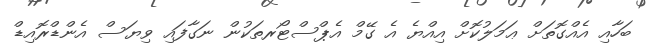
ބަހާއި އެއްގޮތަށް ޢަމަލުކޮށް އިއްޔެ އެ ގޭމް އެޕްސްޓޯރތަކުން ނަގާފައި ވިޔަސް އެންޑްރޮއިޑް